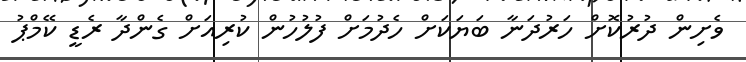
ވެށިން ދުރުކޮށް ހަރުދަނާ ބަޔަކަށް ހެދުމަށް ފުލުހުން ކުރިއަށް ގެންދާ ރެޑީ ކޭމްޕު